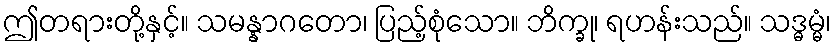
ဤတရားတို့နှင့်။ သမန္နာဂတော၊ ပြည့်စုံသော။ ဘိက္ခု၊ ရဟန်းသည်။ သဒ္ဓမ္မံ၊